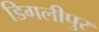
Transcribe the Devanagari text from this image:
डिगलीपुर